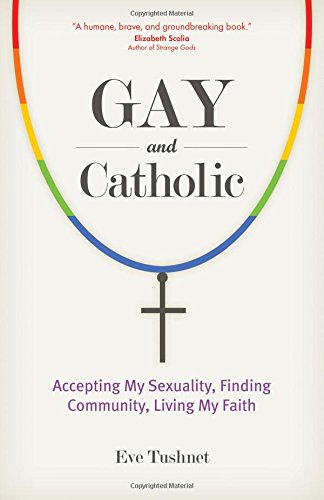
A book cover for Gay and Catholic: Accepting My Sexuality, Finding Community, Living My Faith; Eve Tushnet; Gay & Lesbian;